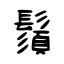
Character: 鬚